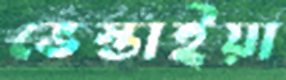
ভেস্তাইয়া